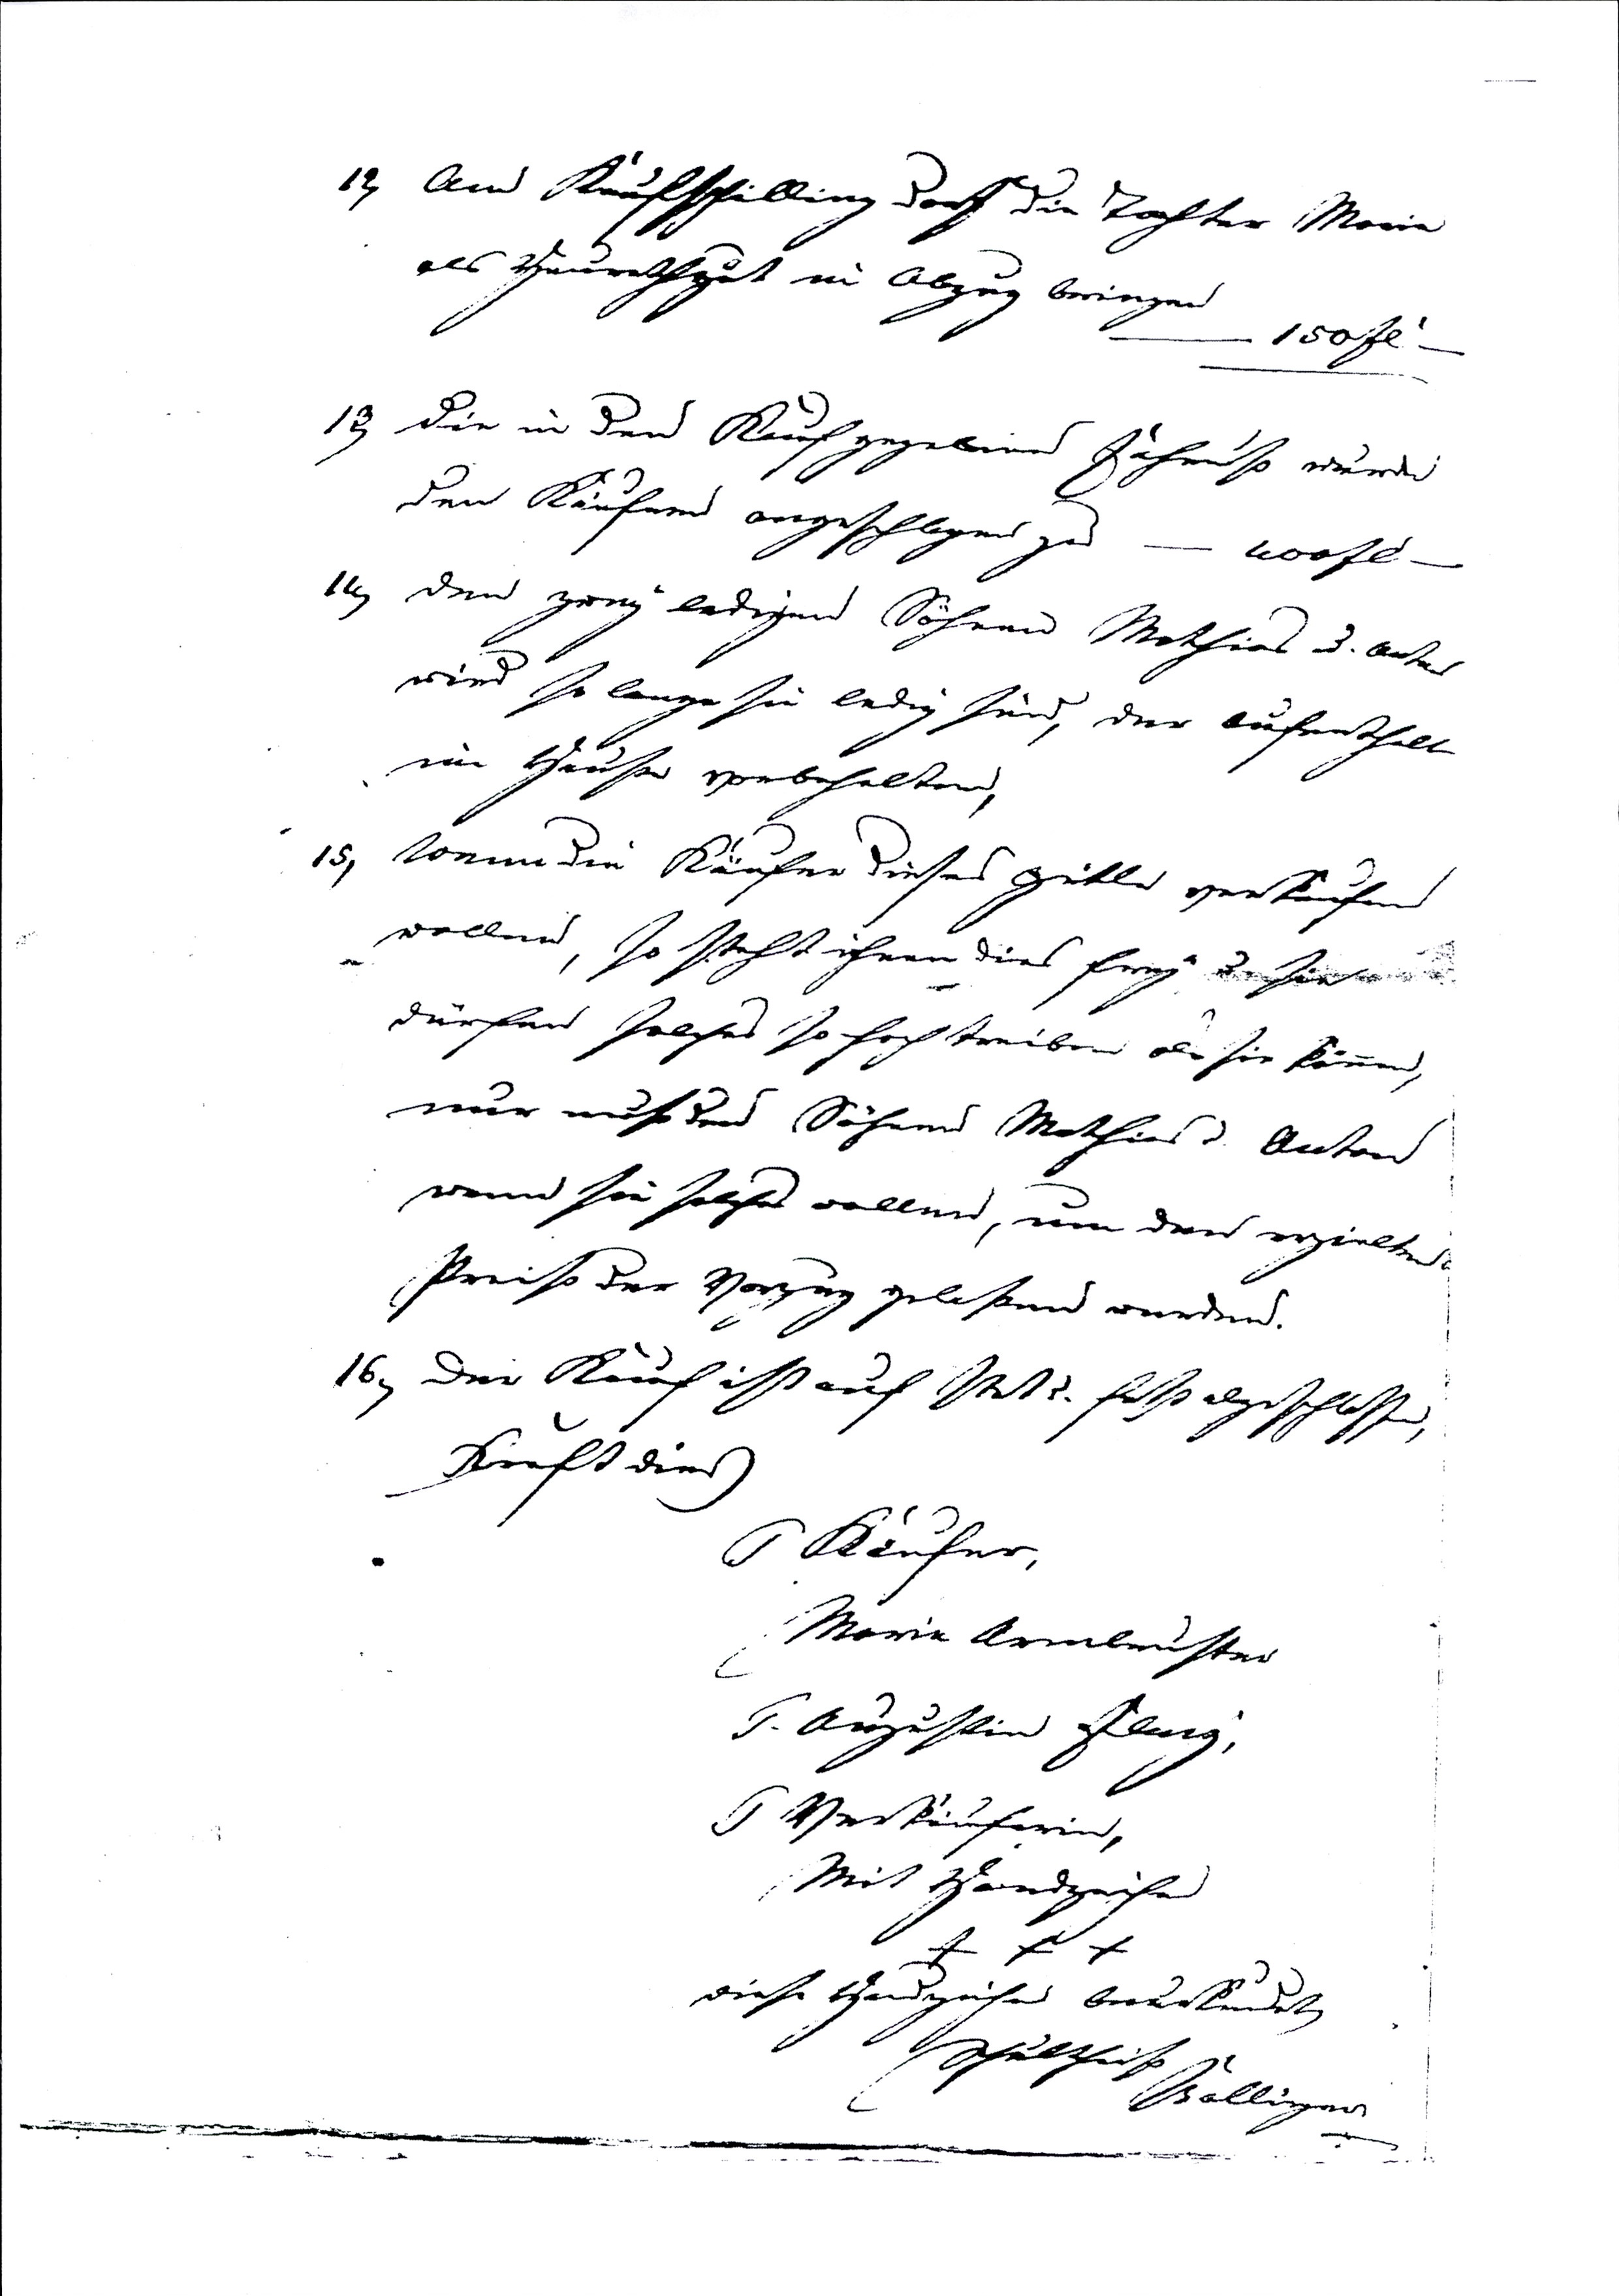
12) Am Kaufschilling darf die Tochter Maria
als Heurathgut in Abzug bringen
— 150 fl —
13) die in den Kauf gegebene Fahrnuß wurde
den Käufern angeschlagen zu — 400 fl —
14) den zwey ledigen Söhnen Mathias u. Anton
wird so lange sie ledig sind, der Aufenthalt
im Hause vorbehalten,
15) Wenn die Käufer dieses Gütle verkaufen
wollen, so steht ihnen dies frey u. sie
dürfen solches so hoch treiben als sie können,
nur muß den Söhnen Mathias u. Anton
wenn sie solches wollen, um den erzielten
Preiß der Vorzug gelaßen werden.
16) Der Kauf ist auf stet u. fest abgeschlossen,
Kraft dies
Käufer,
Maria Armbruster
Augustin Flaig,
Verkäuferin,
Mit Handzeichen
xxx
dies Handzeichen beurkundet
Schultheiß
Balliger